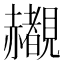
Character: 𬦄